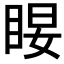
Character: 𰥤